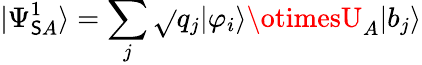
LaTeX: |\Psi_{\mathsf{S}A}^{1}\rangle=\sum_{j}{\sqrt{}{{q_{j}}}}|\varphi_{i}\rangle\otimesU_{A}|b_{j}\rangle